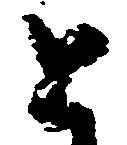
と